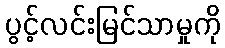
ပွင့်လင်းမြင်သာမှုကို